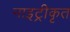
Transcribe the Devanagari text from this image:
नाइट्रीकृत